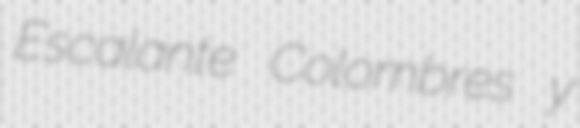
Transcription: Escalante Colombres y